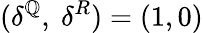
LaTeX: (\delta^{\mathbb{Q}},\ \delta^{R})=(1,0)